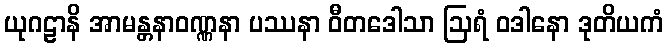
ယုဂဠာနိ အာမန္တနာဝဏ္ဏနာ ပဿနာ ဝီတဒေါသာ ဩရံ ဝဒါနော ဒုတိယကံ